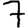
Digit: 7